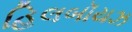
હિલબૉયઝ